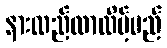
နားလည်လာလိမ့်မည်